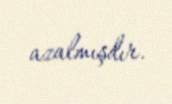
azalmışdır.